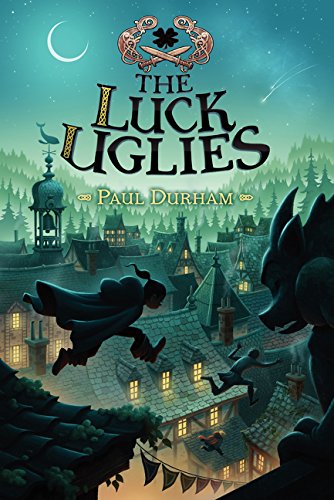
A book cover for The Luck Uglies; Paul Durham; Children's Books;